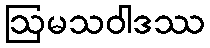
ဩမသဝါဒဿ